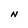
Character: N